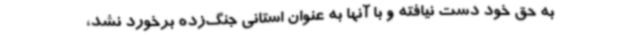
به حق خود دست نیافته و با آنها به عنوان استانی جنگ‌زده برخورد نشد،